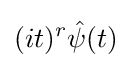
(it)^{r}{\hat {\psi }}(t)